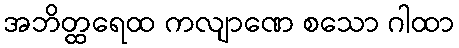
အဘိတ္ထရေထ ကလျာဏေ စသော ဂါထာ